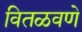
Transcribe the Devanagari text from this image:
वितळवणे